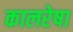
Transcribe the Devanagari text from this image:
कालरेषा